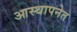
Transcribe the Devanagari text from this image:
आस्थापनेत